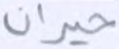
حيران